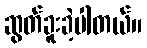
ဆွတ်ခူးခဲ့ပါတယ်။